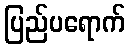
ပြည်ပရောက်